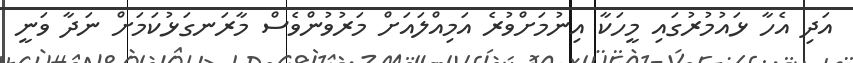
އަދި އެހާ ޅައުމުރުގައި މީހަކާ އިނުމަށްވުރެ އަމިއްލައަށް މަރުވުންވެސް މާރަނގަޅުކަމަށް ނަދާ ވަނީ